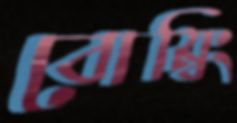
বোম্বিং